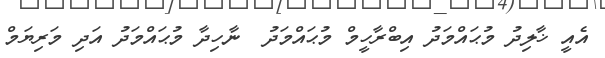
އެއީ ޚާލިދު މުޙައްމަދު އިބްރާހީމް މުޙައްމަދު  ނާހިދާ މުޙައްމަދު އަދި މަރިޔަމް